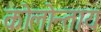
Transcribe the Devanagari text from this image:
कोलोन्ताय